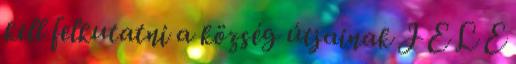
kell felkutatni a község útjainak J E L E